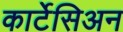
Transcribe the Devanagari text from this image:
कार्टेसिअन